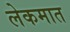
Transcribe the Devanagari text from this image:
लेकमात